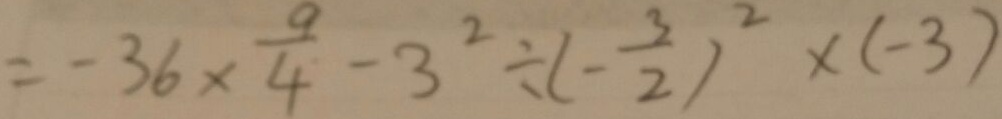
= - 3 6 \times \frac { 9 } { 4 } - 3 ^ { 2 } \div ( - \frac { 3 } { 2 } ) ^ { 2 } \times ( - 3 )